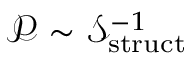
\mathcal { P } \sim \mathcal { S } _ { \mathrm { s t r u c t } } ^ { - 1 }